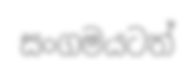
සංගමයටත්